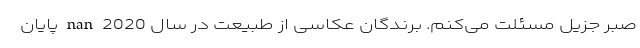
صبر جزیل مسئلت می‌کنم. برندگان عکاسی از طبیعت در سال 2020 nan پایان